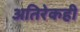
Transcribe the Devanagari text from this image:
अतिरेकही